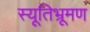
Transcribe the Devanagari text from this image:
स्यूतिभ्रूमण